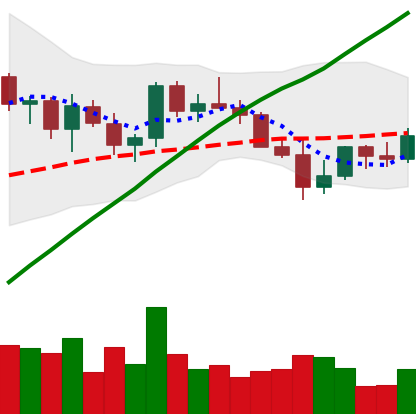
Ticker: LINK-USD
Chart end date: 2021-03-29
Forward return: 5.284%
Label: up_5_7